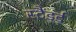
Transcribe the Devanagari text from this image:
स्टैंडर्ड्